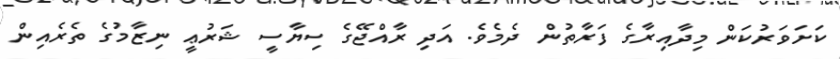
ކަށަވަރުކަން މިދާއިރާގެ ފަރާތުން ދެމެވެ. އަދި ރާއްޖޭގެ ސިޔާސީ ޝަރުޢީ ނިޒާމުގެ ތެރެއިން